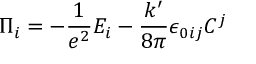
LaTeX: \Pi _ { i } = - \frac 1 { e ^ { 2 } } E _ { i } - \frac { k ^ { \prime } } { 8 \pi } \epsilon _ { 0 i j } C ^ { j }